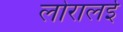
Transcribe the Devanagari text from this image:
लोरालई